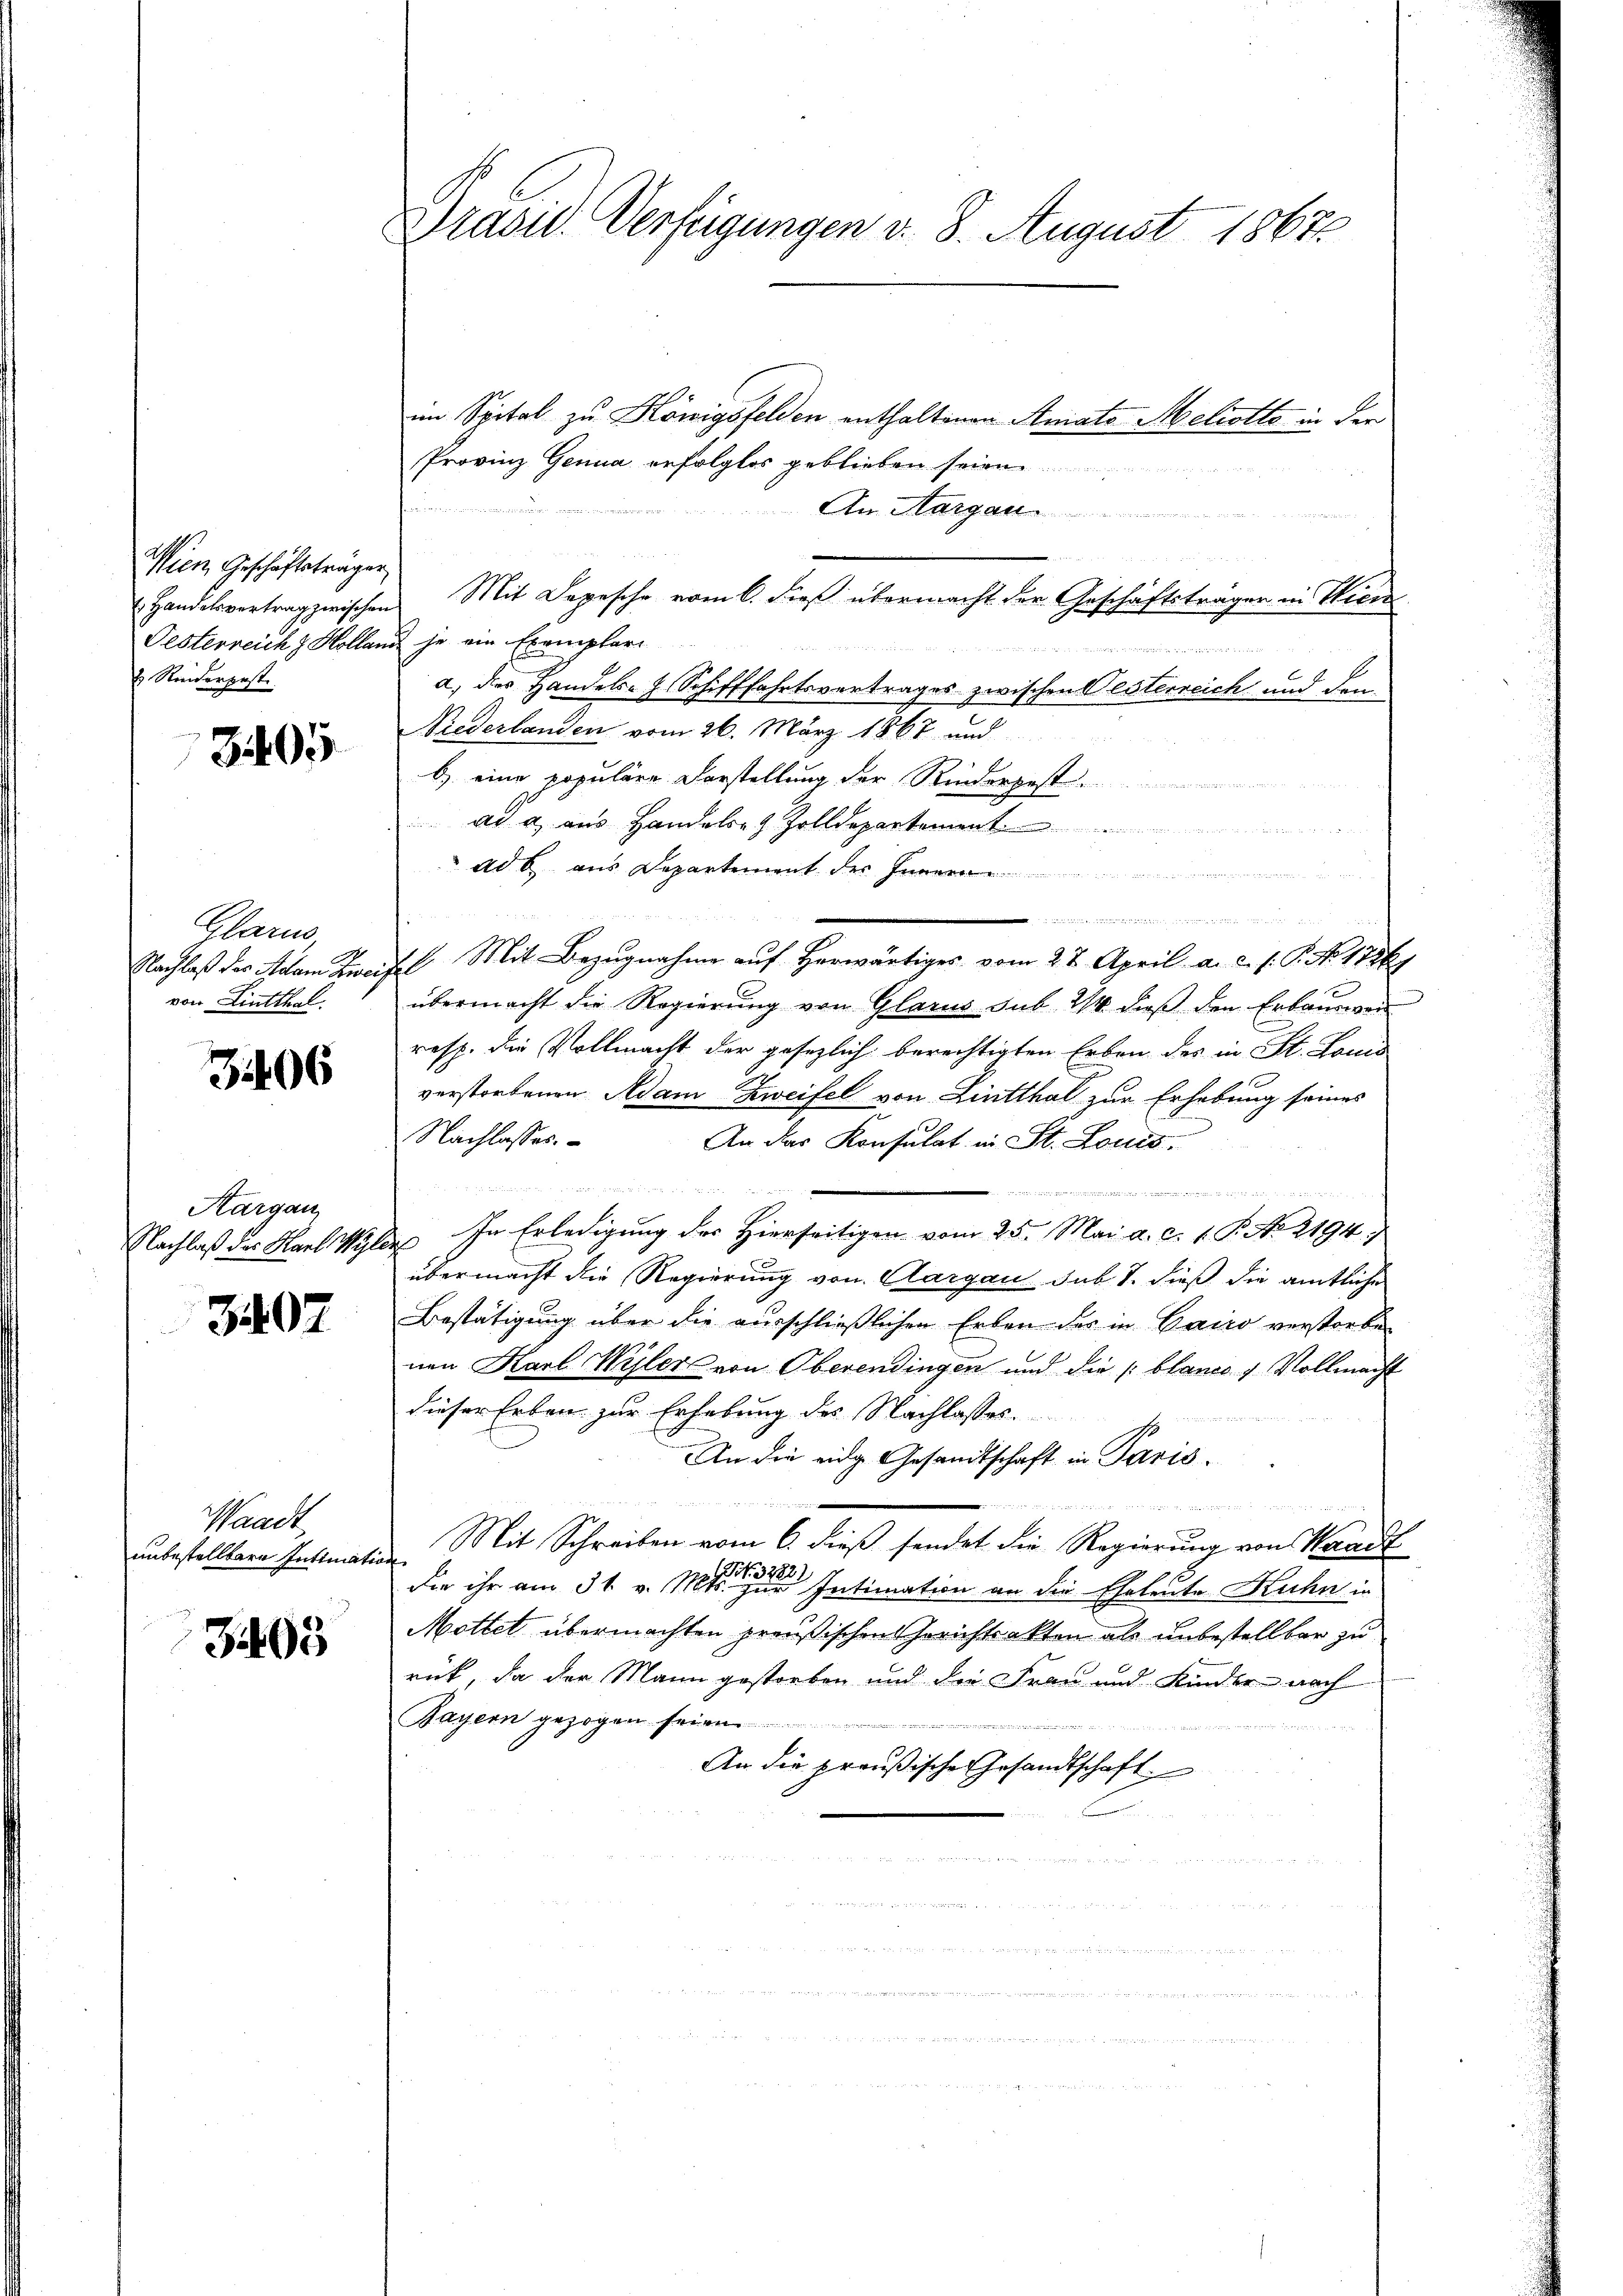
Wien, Geschäftsträger
 Handelsvertrag zwischen
Festerreich & Hollan
 Reiderpost.

3405

Glarus
Nachlaß des Adam Zweif
von Lintthal.

3406

Kargau
Nachlaß der Karl Wyle¬

3407

Waadt
unbestellbare Intimati

3495

Präsid. Verfügungen d. 8. August 1867

im Spital zu Königsfelden enthaltenen Atmate Meliotta in der
Provinz Genua erfolglos geblieben seien
e
An Margau
Mit Depesche vom 6. dieß übermacht der Geschäftsträger in Wien
he ein Exemplari
a.) der Handels- Schifffahrtsvertrages zwischen Esterreich und dem
Niederlanden vom 26. März 1867 und
b) eine populäre Vorstellung der Riedergest
Al. 2, aus Handels- & Zolldepartement
ad b. aus Departement der

16. Mit Bezugnahme auf herwärtiges vom 27. April a. c. s. P. No. 1726)
übermacht die Regierung von Glarus sub 24 dieß den Erbauen
resp. die Vollmacht der gesezlich berechtigten Erben des in St. Louis
verstorbenen Adam Zweifel von Lintthal zur Erhebung seines
Nachlasses.
An das Konsulat in St. Louis

xx
In Erledigung des Hierseitigen vom 25. Mai a. c. 1 S. A. 2194)
übermacht die Regierung von Aargau sub. S. dieß die amtliche
Bestätigung über die ausschließlichen Erben des in Cairo verstorbenen Karl Wyler von Oberendingen und die (blanco 1. Vollmacht
dieser Erben zur Erhebung des Nachlasses.
s
An die eidg. Gesandtschaft in Paris.
 von er mit entreten der in verehlich den u. in die Sach
Mit Schreiben vom 6. dieß sendet die Regierung von Waadt
die ihr am 31. v. 111 eine Intimation an die Eheleute Kuhn in
Mottet übermachten preußischen Gerichtsakten als unbestellbar zu
rück, da der Mann gestorben und die Frau und Kinder nach
Bayern gezogen seien.

An die preußische Gesandtschaft

2 x 2 x